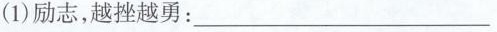
(1)励志，越挫越勇：___